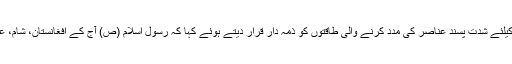
غلام رضا انصاری نے دنیا بھر میں قتل و غارت گری کیلئے شدت پسند عناصر کی مدد کرنے والی طاقتوں کو ذمہ دار قرار دیتے ہوئے کہا کہ رسول اسلام (ص) آج کے افغانستان، شام، عراق اور یمن وغیرہ کے حالات سے راضی نہ ہوں گے۔